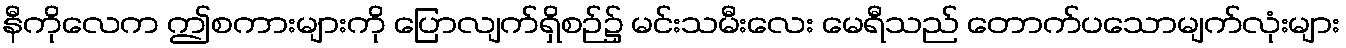
နီကိုလေက ဤစကားများကို ပြောလျက်ရှိစဉ်၌ မင်းသမီးလေး မေရီသည် တောက်ပသောမျက်လုံးများ